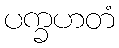
ပက္ခဟတံ